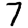
Digit: 7